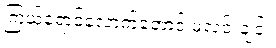
ကြယ်ရောင်လောက်တောင် မလင်းချင်။